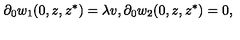
\partial _ { 0 } w _ { 1 } ( 0 , z , z ^ { * } ) = \lambda v , \partial _ { 0 } w _ { 2 } ( 0 , z , z ^ { * } ) = 0 ,